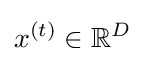
x^{(t)}\in \mathbb {R} ^{D}